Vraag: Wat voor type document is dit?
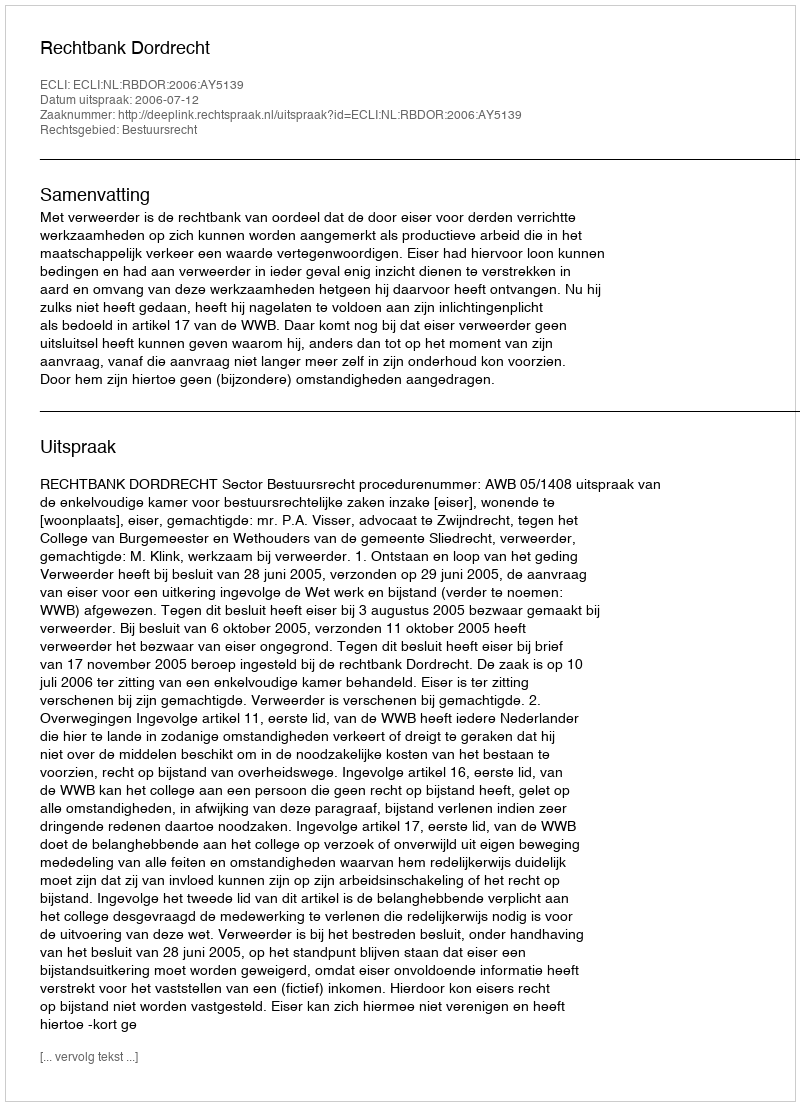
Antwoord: Uitspraak